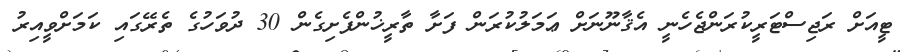
ޓީއަށް ރަޖިސްޓަރީކުރަންޖެހެނީ އެޤާނޫނަށް ޢަމަލުކުރަން ފަށާ ތާރީޚުންފެށިގެން 30 ދުވަހުގެ ތެރޭގައި ކަމަށްވީއިރު